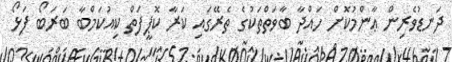
ދަނޑުވެރިން ޢާންމުކޮށް ހައްދާ ބާވަތްތަކުގެ ތެރޭގައި ކަރާ ކޮޕީފަތް ކިއުކަމްބާ ބަރަބޯ ފަޅޯ